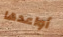
أواعدها